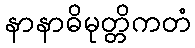
နာနာဓိမုတ္တိကတံ